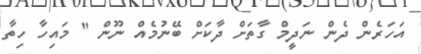
އަހަރެން ދެން ނަދީމް ގާތަށް ދާކަށް ބޭނުމެއް ނޫން '' މައިހާ ހިތާ